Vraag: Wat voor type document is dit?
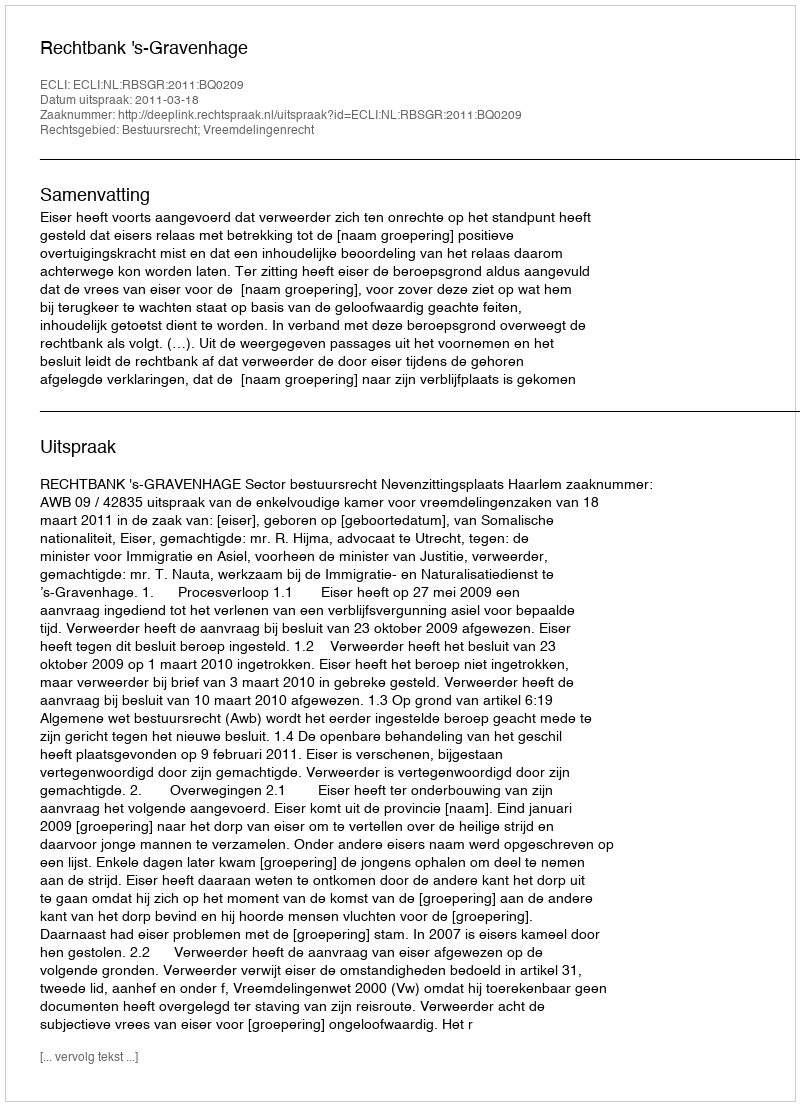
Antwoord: Uitspraak